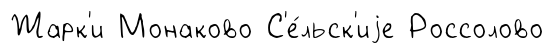
Жарк'и Монаково С'е́льск'иjе Россолово